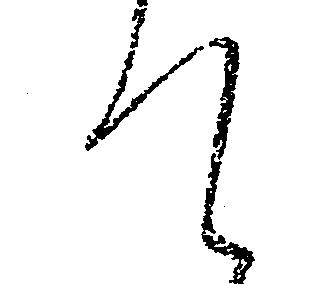
て